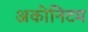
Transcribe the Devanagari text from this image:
अकोनिटम